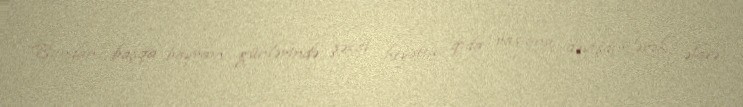
Bundan başqa bayram günlərində şəxsi heyətin qida rasionu dəyişdirilərək əlavə